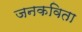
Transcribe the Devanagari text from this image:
जनकविता